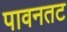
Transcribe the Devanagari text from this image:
पावनतट